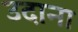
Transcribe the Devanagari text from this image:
उदाना